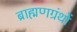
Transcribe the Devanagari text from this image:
ब्राह्मणग्रंथों